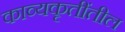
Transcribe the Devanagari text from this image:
काव्यकृतींतील